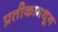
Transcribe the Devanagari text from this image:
प्रतीकामधून